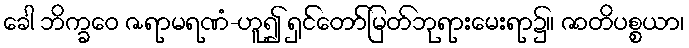
ခေါ ဘိက္ခဝေ ဇရာမရဏံ-ဟူ၍ ရှင်တော်မြတ်ဘုရားမေးရာ၌။ ဇာတိပစ္စယာ၊